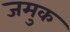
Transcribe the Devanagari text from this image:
जमुक